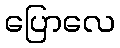
ပြောလေ